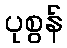
ပုစွန်